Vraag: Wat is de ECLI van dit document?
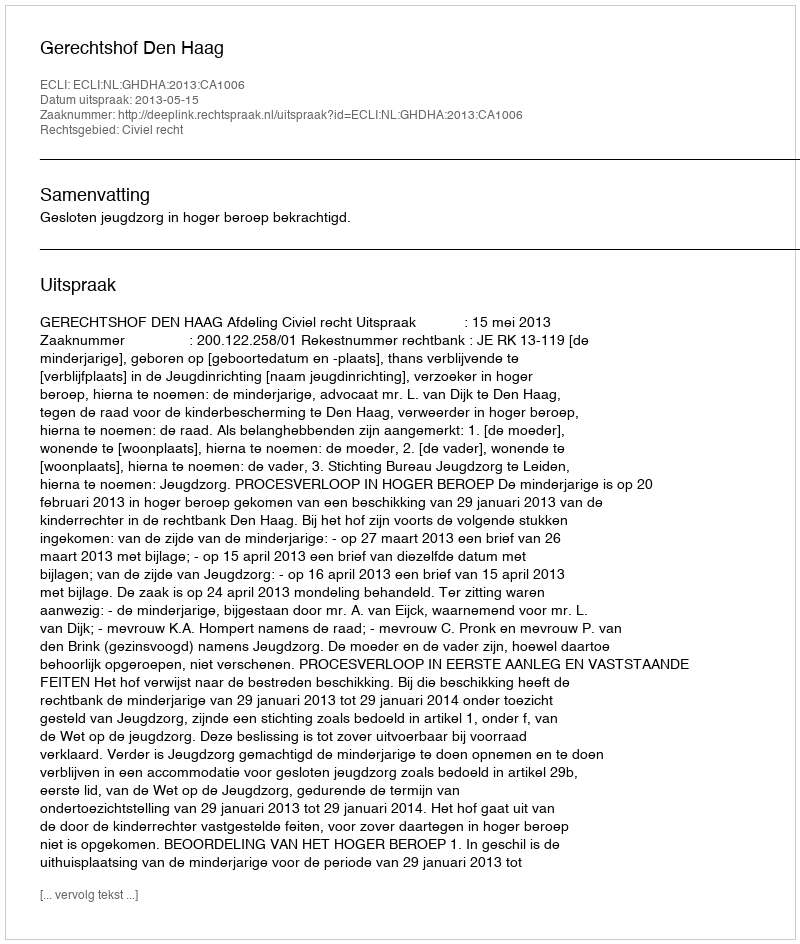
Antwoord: ECLI:NL:GHDHA:2013:CA1006